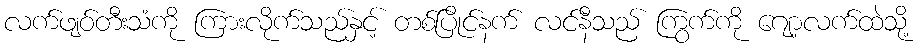
လက်ဖျဝ်တီးသံကို ကြားလိုက်သည်နှင့် တစ်ပြိုင်နက် လင်နီသည် ကြွက်ကို ဂျော့လက်ထဲသို့